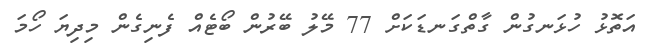
އަތޮޅު ހުޅަނގުން ގާތްގަނޑަކަށް 77 މޭލު ބޭރުން ބޯޓެއް ފެނިގެން މިދިޔަ ހޯމަ